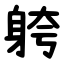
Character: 䠸